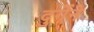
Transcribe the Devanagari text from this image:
दुर्गेने